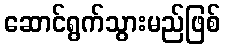
ဆောင်ရွက်သွားမည်ဖြစ်